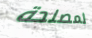
لمصلحة